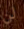
لن